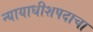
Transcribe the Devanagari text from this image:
न्यायाधीशपदाचा